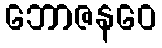
ဘောဇနဝေ